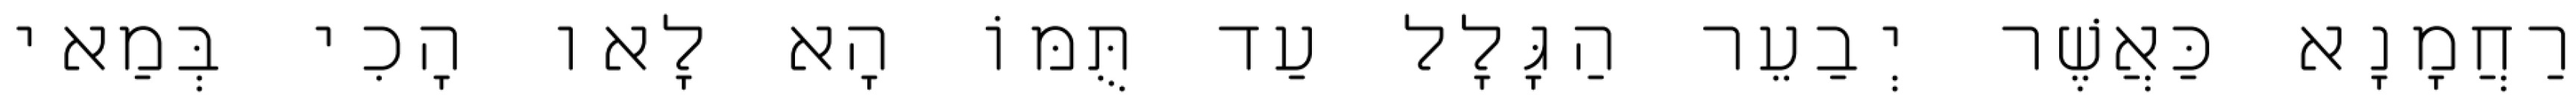
רַחֲמָנָא כַּאֲשֶׁר יְבַעֵר הַגָּלָל עַד תֻּמּוֹ הָא לָאו הָכִי בְּמַאי